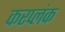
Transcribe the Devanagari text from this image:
करप्लंक